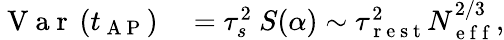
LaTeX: \begin{array}{rl}{\mathrm{~V~a~r~}\left(t_{\mathrm{~A~P~}}\right)}&{{}=\tau_{s}^{2}\ S(\alpha)\sim\tau_{\mathrm{~r~e~s~t~}}^{2}N_{\mathrm{~e~f~f~}}^{2/3},}\end{array}